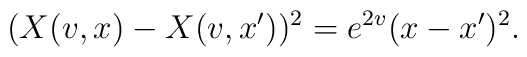
(X(v,x)-X(v,x'))^2 = e^{2v}(x-x')^2.